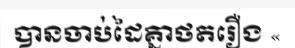
បានចាប់ដៃគ្នាថតរឿង «